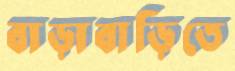
বাড়াবাড়িতে